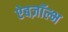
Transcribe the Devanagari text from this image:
ऐबज़ॉल्भ